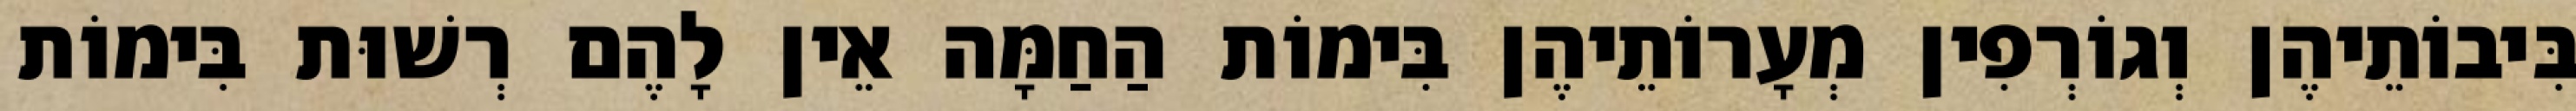
בִּיבוֹתֵיהֶן וְגוֹרְפִין מְעָרוֹתֵיהֶן בִּימוֹת הַחַמָּה אֵין לָהֶם רְשׁוּת בִּימוֹת